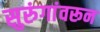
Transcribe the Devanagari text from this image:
सुरुंगांवरून